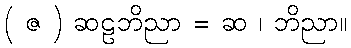
( ဇ ) ဆဠဘိညာ = ဆ ၊ ဘိညာ။